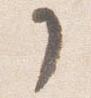
了